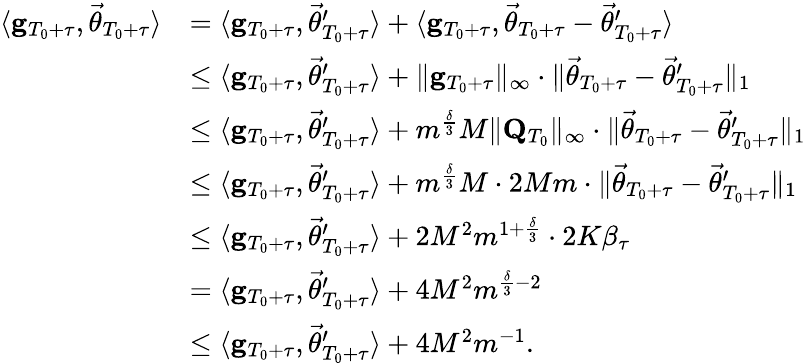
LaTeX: \begin{array}{rl}{\langle\mathbf g_{T_{0}+\tau},\vec{\theta}_{T_{0}+\tau}\rangle}&{=\langle\mathbf g_{T_{0}+\tau},\vec{\theta}_{T_{0}+\tau}^{\prime}\rangle+\langle\mathbf g_{T_{0}+\tau},\vec{\theta}_{T_{0}+\tau}-\vec{\theta}_{T_{0}+\tau}^{\prime}\rangle}\\ &{\le\langle\mathbf g_{T_{0}+\tau},\vec{\theta}_{T_{0}+\tau}^{\prime}\rangle+\lVert\mathbf g_{T_{0}+\tau}\rVert_{\infty}\cdot\lVert\vec{\theta}_{T_{0}+\tau}-\vec{\theta}_{T_{0}+\tau}^{\prime}\rVert_{1}}\\ &{\le\langle\mathbf g_{T_{0}+\tau},\vec{\theta}_{T_{0}+\tau}^{\prime}\rangle+m^{\frac\delta 3}M\lVert\mathbf Q_{T_{0}}\rVert_{\infty}\cdot\lVert\vec{\theta}_{T_{0}+\tau}-\vec{\theta}_{T_{0}+\tau}^{\prime}\rVert_{1}}\\ &{\le\langle\mathbf g_{T_{0}+\tau},\vec{\theta}_{T_{0}+\tau}^{\prime}\rangle+m^{\frac\delta 3}M\cdot 2Mm\cdot\lVert\vec{\theta}_{T_{0}+\tau}-\vec{\theta}_{T_{0}+\tau}^{\prime}\rVert_{1}}\\ &{\le\langle\mathbf g_{T_{0}+\tau},\vec{\theta}_{T_{0}+\tau}^{\prime}\rangle+2M^{2}m^{1+\frac\delta 3}\cdot 2K\beta_{\tau}}\\ &{=\langle\mathbf g_{T_{0}+\tau},\vec{\theta}_{T_{0}+\tau}^{\prime}\rangle+4M^{2}m^{\frac\delta 3-2}}\\ &{\le\langle\mathbf g_{T_{0}+\tau},\vec{\theta}_{T_{0}+\tau}^{\prime}\rangle+4M^{2}m^{-1}.}\end{array}